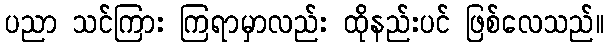
ပညာ သင်ကြား ကြရာမှာလည်း ထိုနည်းပင် ဖြစ်လေသည်။